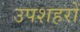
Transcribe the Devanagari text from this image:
उपशहरों